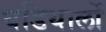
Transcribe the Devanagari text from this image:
घडियालों